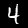
Digit: 4